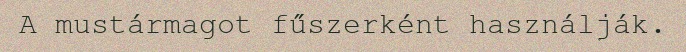
A mustármagot fűszerként használják.